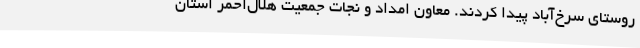
روستای سرخ‌آباد پیدا کردند. معاون امداد و نجات جمعیت هلال‌احمر استان